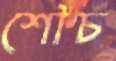
শৌচ